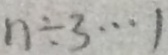
n \div 3 \cdots 1